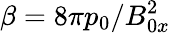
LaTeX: \beta=8\pi p_{0}/B_{0x}^{2}